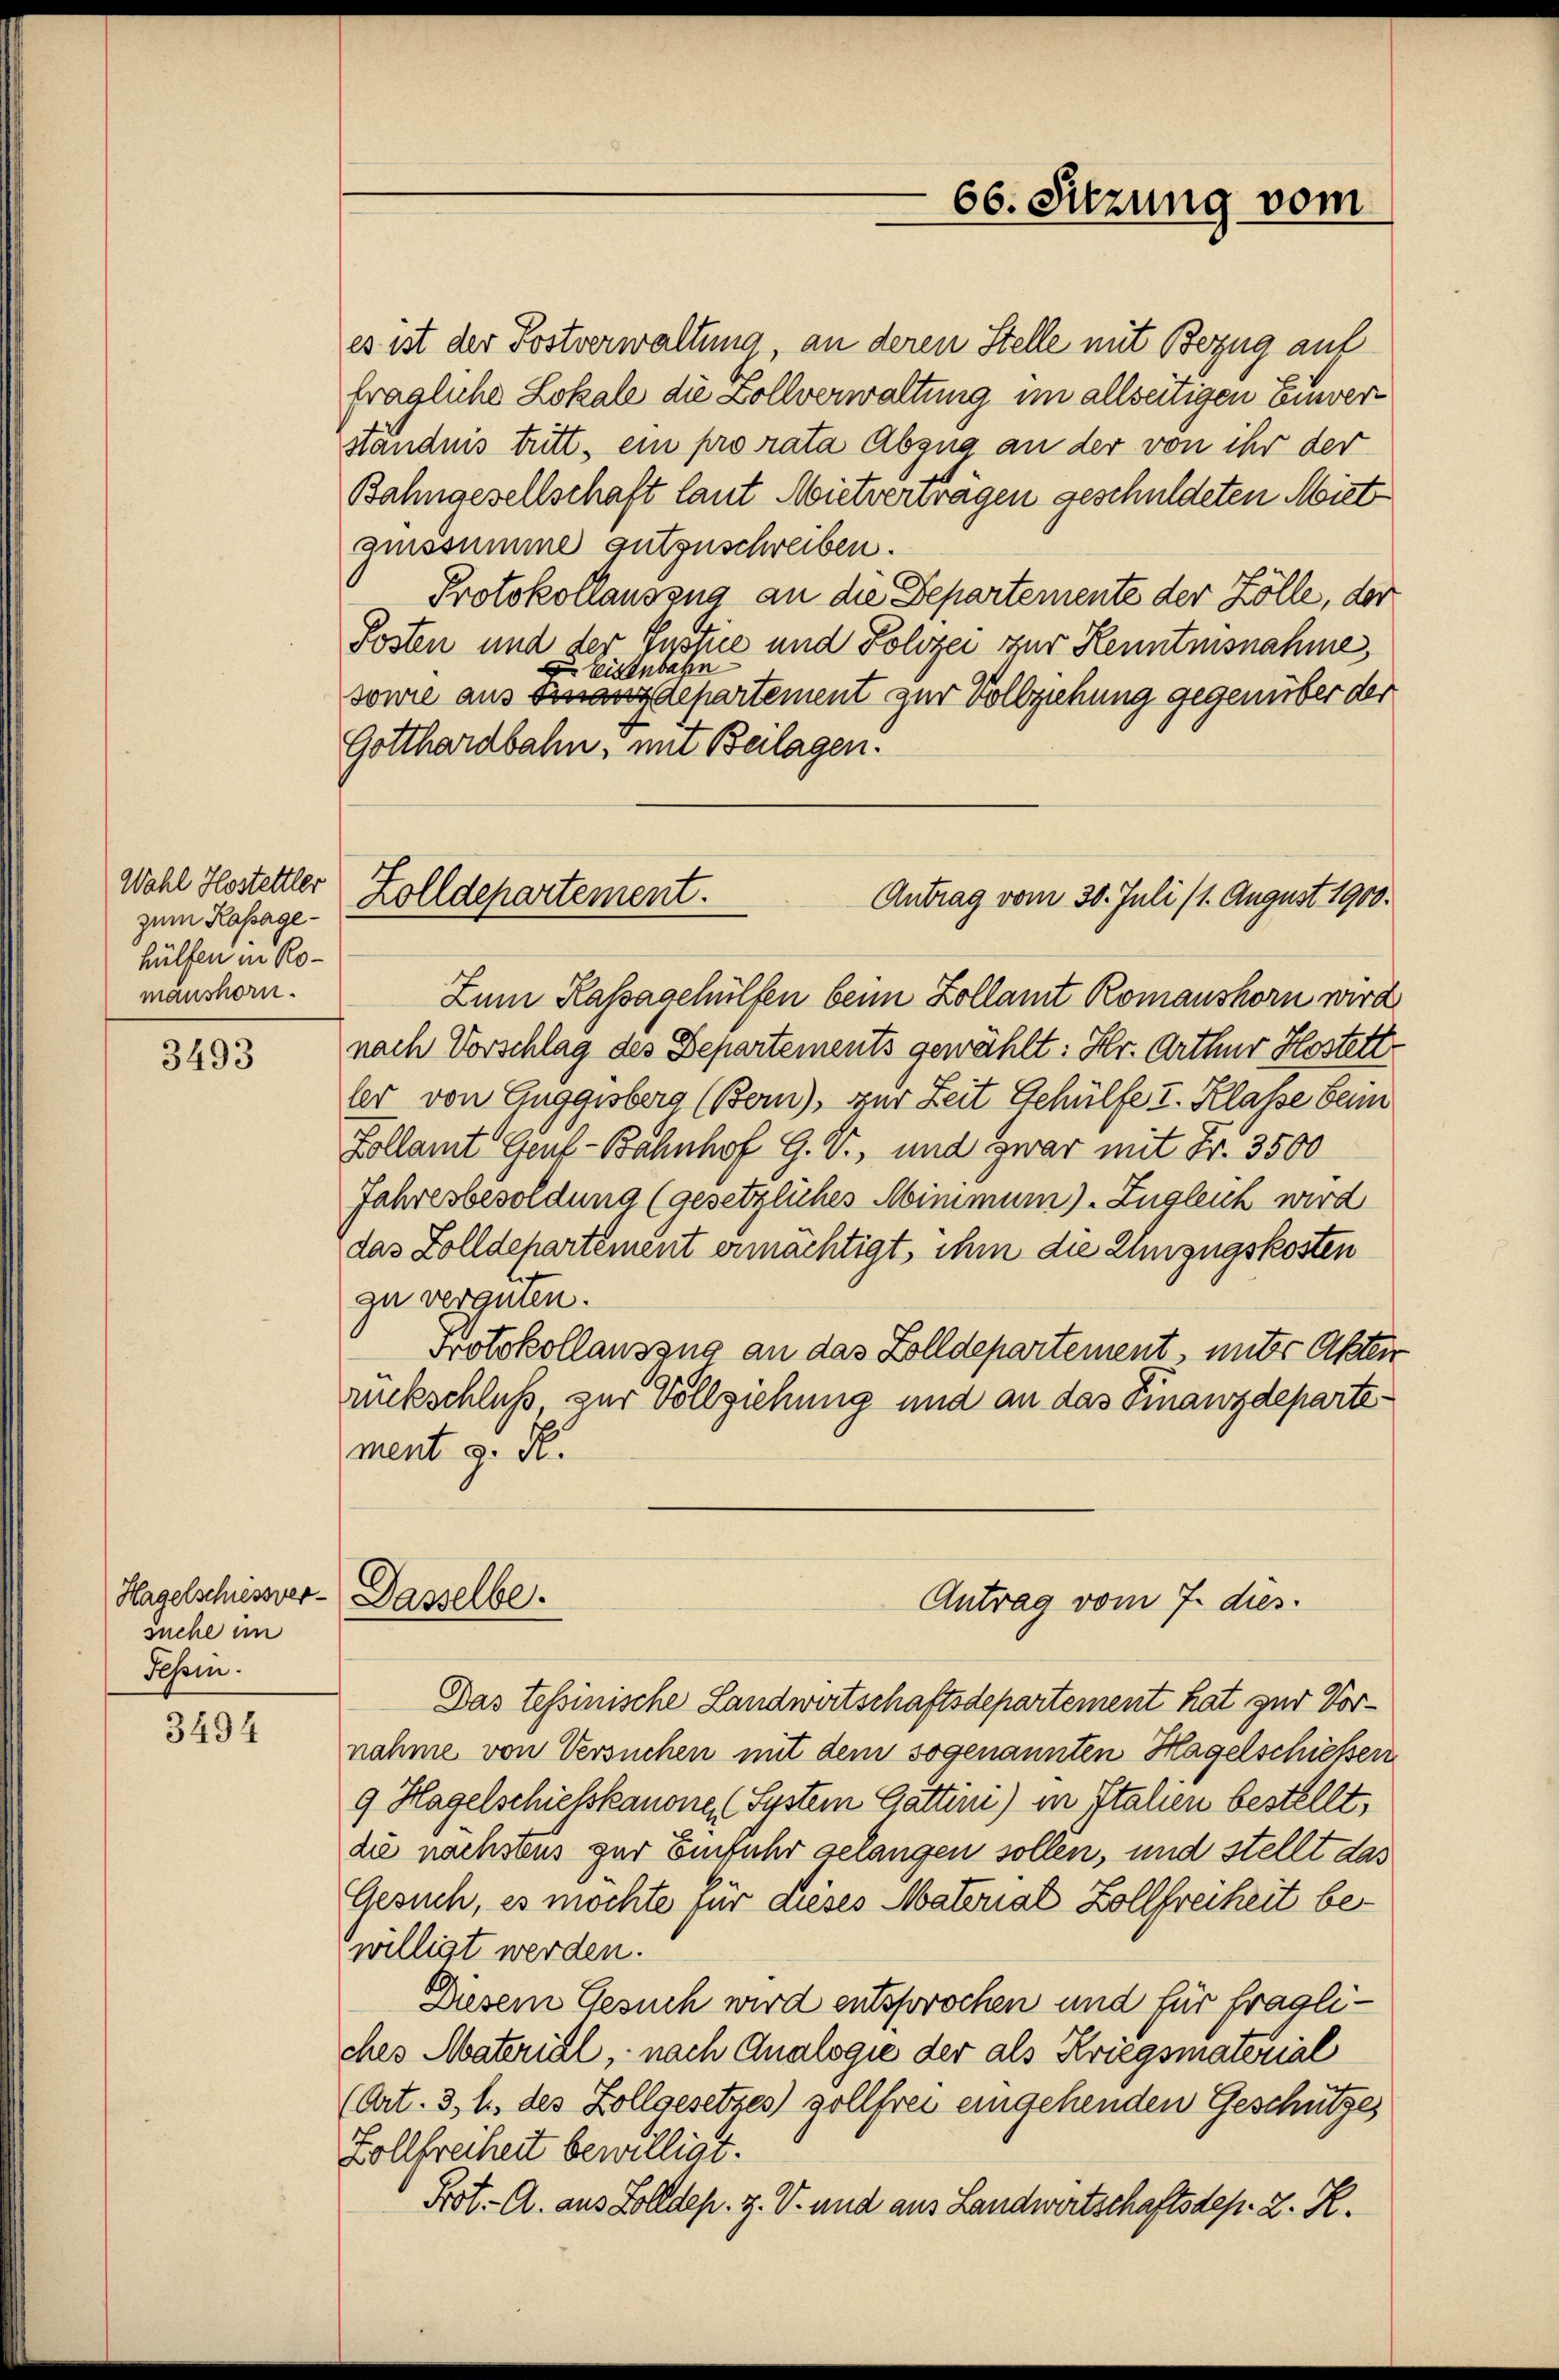
Wahl Hostettler
zum Kassagehülfen in Romanshorn.

3493

Hagelschiessversuche im
Tessin.

3494

es ist der Postverwaltung an deren Stelle mit Bezug auf
fragliche Lokale die Zollverwaltung im allseitigen Einverständnis tritt, ein pro rata Abzug an der von ihr der
Bahngesellschaft laut Mietverträgen geschuldeten Miet
ginssumme gutzuschreiben.
Protokollauszug an die Departemente der Zölle, der
Posten und der Zustie und Polizei zur Kenntnisnahme,
 Eisenbahn
sowie aus Kanzdepartement zur Vollziehung gegenüber der
Gotthardbahn, mit Beilagen.
Zum Kassagehülfen beim Zollamt Romanshorn wird
nach Vorschlag des Departements gewählt: Hr. Arthur Hostett
ler von Guggisberg (Bern), zur Zeit Gehülfe I. Klasse berin
Kollamt Genf-Bahnhof G. V., und zwar mit Fr. 3500
Jahresbesoldung (gesetzliches Minimum). Zugleich wird
das Zolldehartement ermächtigt, ihm die Umzugskosten
zu vergnen.
Protokollauszug an das Zolldepartement, unter Akten
rückschluß zur Vollziehung und an das Finanzdepartement z. B.

Zolldepartement.
Antrag vom 30. Juli (1. August 1900.

Dasselbe.

66. Sitzung vom

Antrag vom 7. dies.

Das tessinische Landwirtschaftsdepartement hat zur Vornahme von Versuchen mit dem sogenannten Hagelschiesserr
9 Hagelschietskanone (System Gatten) in Italien bestellt,
die nächstens zur Einfuhr gelangen sollen, und stellt das
Gesuch, es möchte für dieses Material Zollfreiheit bewilligt werden.
Diesem Gesuch wird entsprochen und für fragliches Material, nach Analogie der als Kriegsmaterial
(Art. 3, h. des Zollgesetzes) zollfrei eingehenden Geschützes
Zollfreiheit bewilligt.
Prot. A. aus Zolldep. Z. V. und aus Landwirtschaftsdep. 2. K.